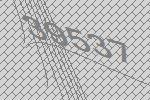
39537